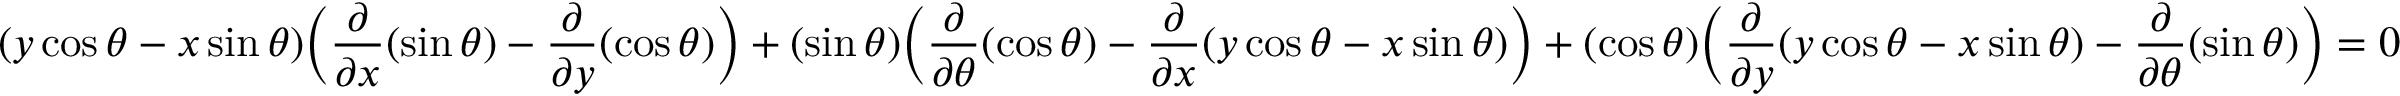
( y \cos \theta - x \sin \theta ) { \bigg ( } { \frac { \partial } { \partial x } } ( \sin \theta ) - { \frac { \partial } { \partial y } } ( \cos \theta ) { \bigg ) } + ( \sin \theta ) { \bigg ( } { \frac { \partial } { \partial \theta } } ( \cos \theta ) - { \frac { \partial } { \partial x } } ( y \cos \theta - x \sin \theta ) { \bigg ) } + ( \cos \theta ) { \bigg ( } { \frac { \partial } { \partial y } } ( y \cos \theta - x \sin \theta ) - { \frac { \partial } { \partial \theta } } ( \sin \theta ) { \bigg ) } = 0